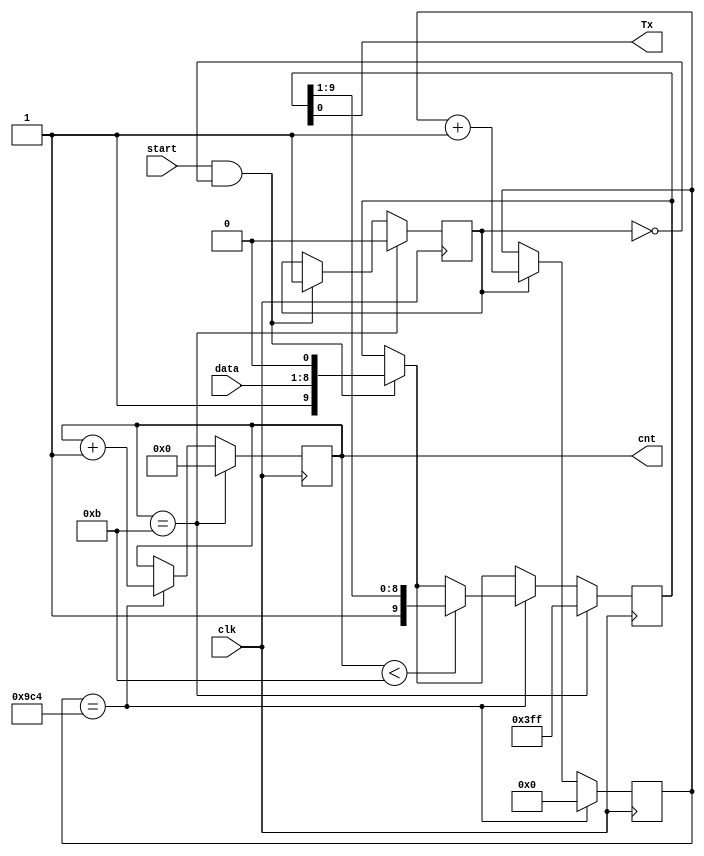
`timescale 1ns / 1ps
//////////////////////////////////////////////////////////////////////////////////
// Company: 
// Engineer: 
// 
// Design Name: 
// Module Name:    transmitter 
// Project Name: 
// Target Devices: 
// Tool versions: 
// Description: 
//
// Dependencies: 
//
// Revision: 
// Revision 0.01 - File Created
// Additional Comments: 
//
//////////////////////////////////////////////////////////////////////////////////
module transmitter(
    output Tx,
	 output reg [3:0] cnt=0,
    input [7:0] data,
    input start,
    input clk
    );
 
    reg [9:0] shift_register=10'b1111_1111_11;
    reg start_flag=0;
	 reg [11:0] cnt_transmit=0;

    always @(posedge clk) begin 
	      if (start==1 && start_flag==0) begin  //DC_BOUNCING
			    start_flag<=1;
				 shift_register<={1'b1,data,1'b0};
			end
	      if (start_flag) cnt_transmit<=cnt_transmit+1;
			if ( cnt_transmit== 2500 ) begin 
			    cnt_transmit<=0;
				 cnt<=cnt+1;
				 if( cnt<11 ) shift_register<={1'b1,shift_register[9:1]};
			end
	      if(cnt==11) begin 
			   start_flag<=0;
			   cnt<=0;
			   shift_register<=10'b1111_1111_11;
			end
	 end
    assign Tx=shift_register[0];

endmodule